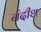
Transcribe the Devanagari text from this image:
नंदीश